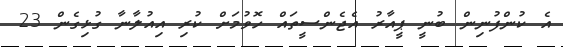
އެ ކުންފުނިން ބުނީ ޕީއާރު އެޖެންސީތައް ހޮވުމަށް ކުރި އިއުލާނާ ގުޅިގެން 23